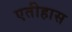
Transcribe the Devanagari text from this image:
एतीहास